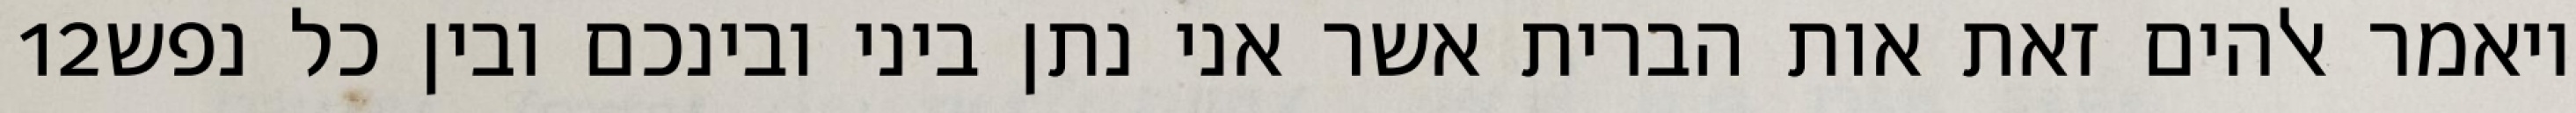
‎12‏ ויאמר אלהים זאת אות הברית אשר אני נתן ביני ובינכם ובין כל נפש